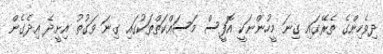
ދިވެހިންގެ ތެރޭގައި ގިނަ މީހުންނަކީ އޮފީސް މަސައްކަތްތަކުގައި ގިނަ ވަގުތު އިށީދެ އިދެގެން